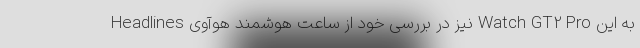
Headlines نیز در بررسی خود از ساعت هوشمند هوآوی Watch GT2 Pro به این